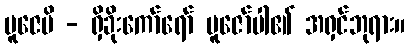
ပူဇေမိ - ရှိခိုးကော်ရော် ပူဇော်ပါ၏ အရှင်ဘုရား။